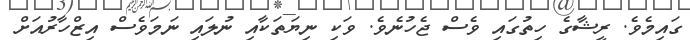
ގައިމެވެ. ރީޝާގެ ހިތުގައި ވެސް ޖެހުނެވެ. ވަކި ނިޔަތަކާއި ނުލައި ނަމަވެސް އިޒްހާރުއަށް